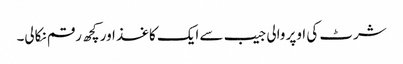
شرٹ کی اوپر والی جیب سے ایک کاغذ اور کچھ رقم نکالی۔